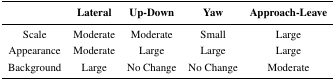
<table><thead><tr><td></td><td><b>Lateral</b></td><td><b>Up-Down</b></td><td><b>Yaw</b></td><td><b>Approach-Leave</b></td></tr></thead><tbody><tr><td>Scale</td><td>Moderate</td><td>Moderate</td><td>Small</td><td>Large</td></tr><tr><td>Appearance</td><td>Moderate</td><td>Large</td><td>Large</td><td>Large</td></tr><tr><td>Background</td><td>Large</td><td>No Change</td><td>No Change</td><td>Moderate</td></tr></tbody></table>